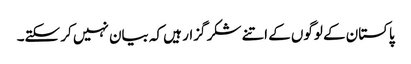
پاکستان کے لوگوں کے اتنے شکر گزار ہیں کہ بیان نہیں کر سکتے۔